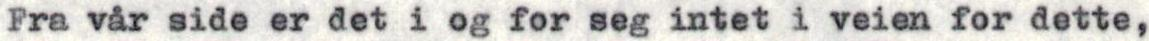
Fra vår side er det i og for seg intet i veien for dette,